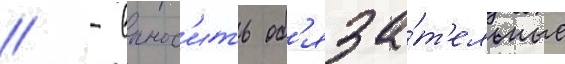
// - вынос'ить об'яза́т'ельные